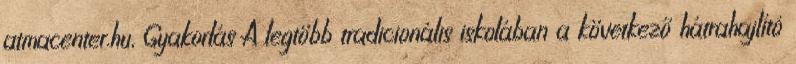
atmacenter.hu, Gyakorlás A legtöbb tradicionális iskolában a következő hátrahajlító